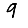
Digit: 9